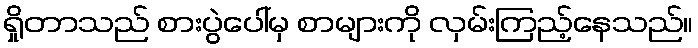
ရှိုတာသည် စားပွဲပေါ်မှ စာများကို လှမ်းကြည့်နေသည်။